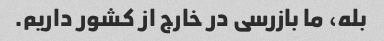
بله، ما بازرسی در خارج از کشور داریم.